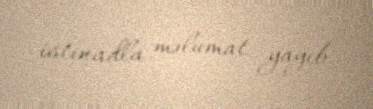
istinadla məlumat yayıb.